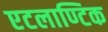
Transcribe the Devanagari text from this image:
एटलाण्टिक